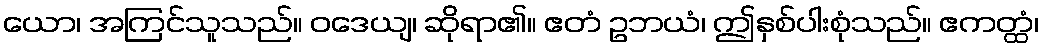
ယော၊ အကြင်သူသည်။ ဝဒေယျ၊ ဆိုရာ၏။ ဧတံ ဥဘယံ၊ ဤနှစ်ပါးစုံသည်။ ဧကတ္ထံ၊